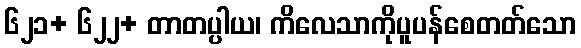
၆၂၁+ ၆၂၂+ တာတပ္ပါယ၊ ကိလေသာကိုပူပန်စေတတ်သော